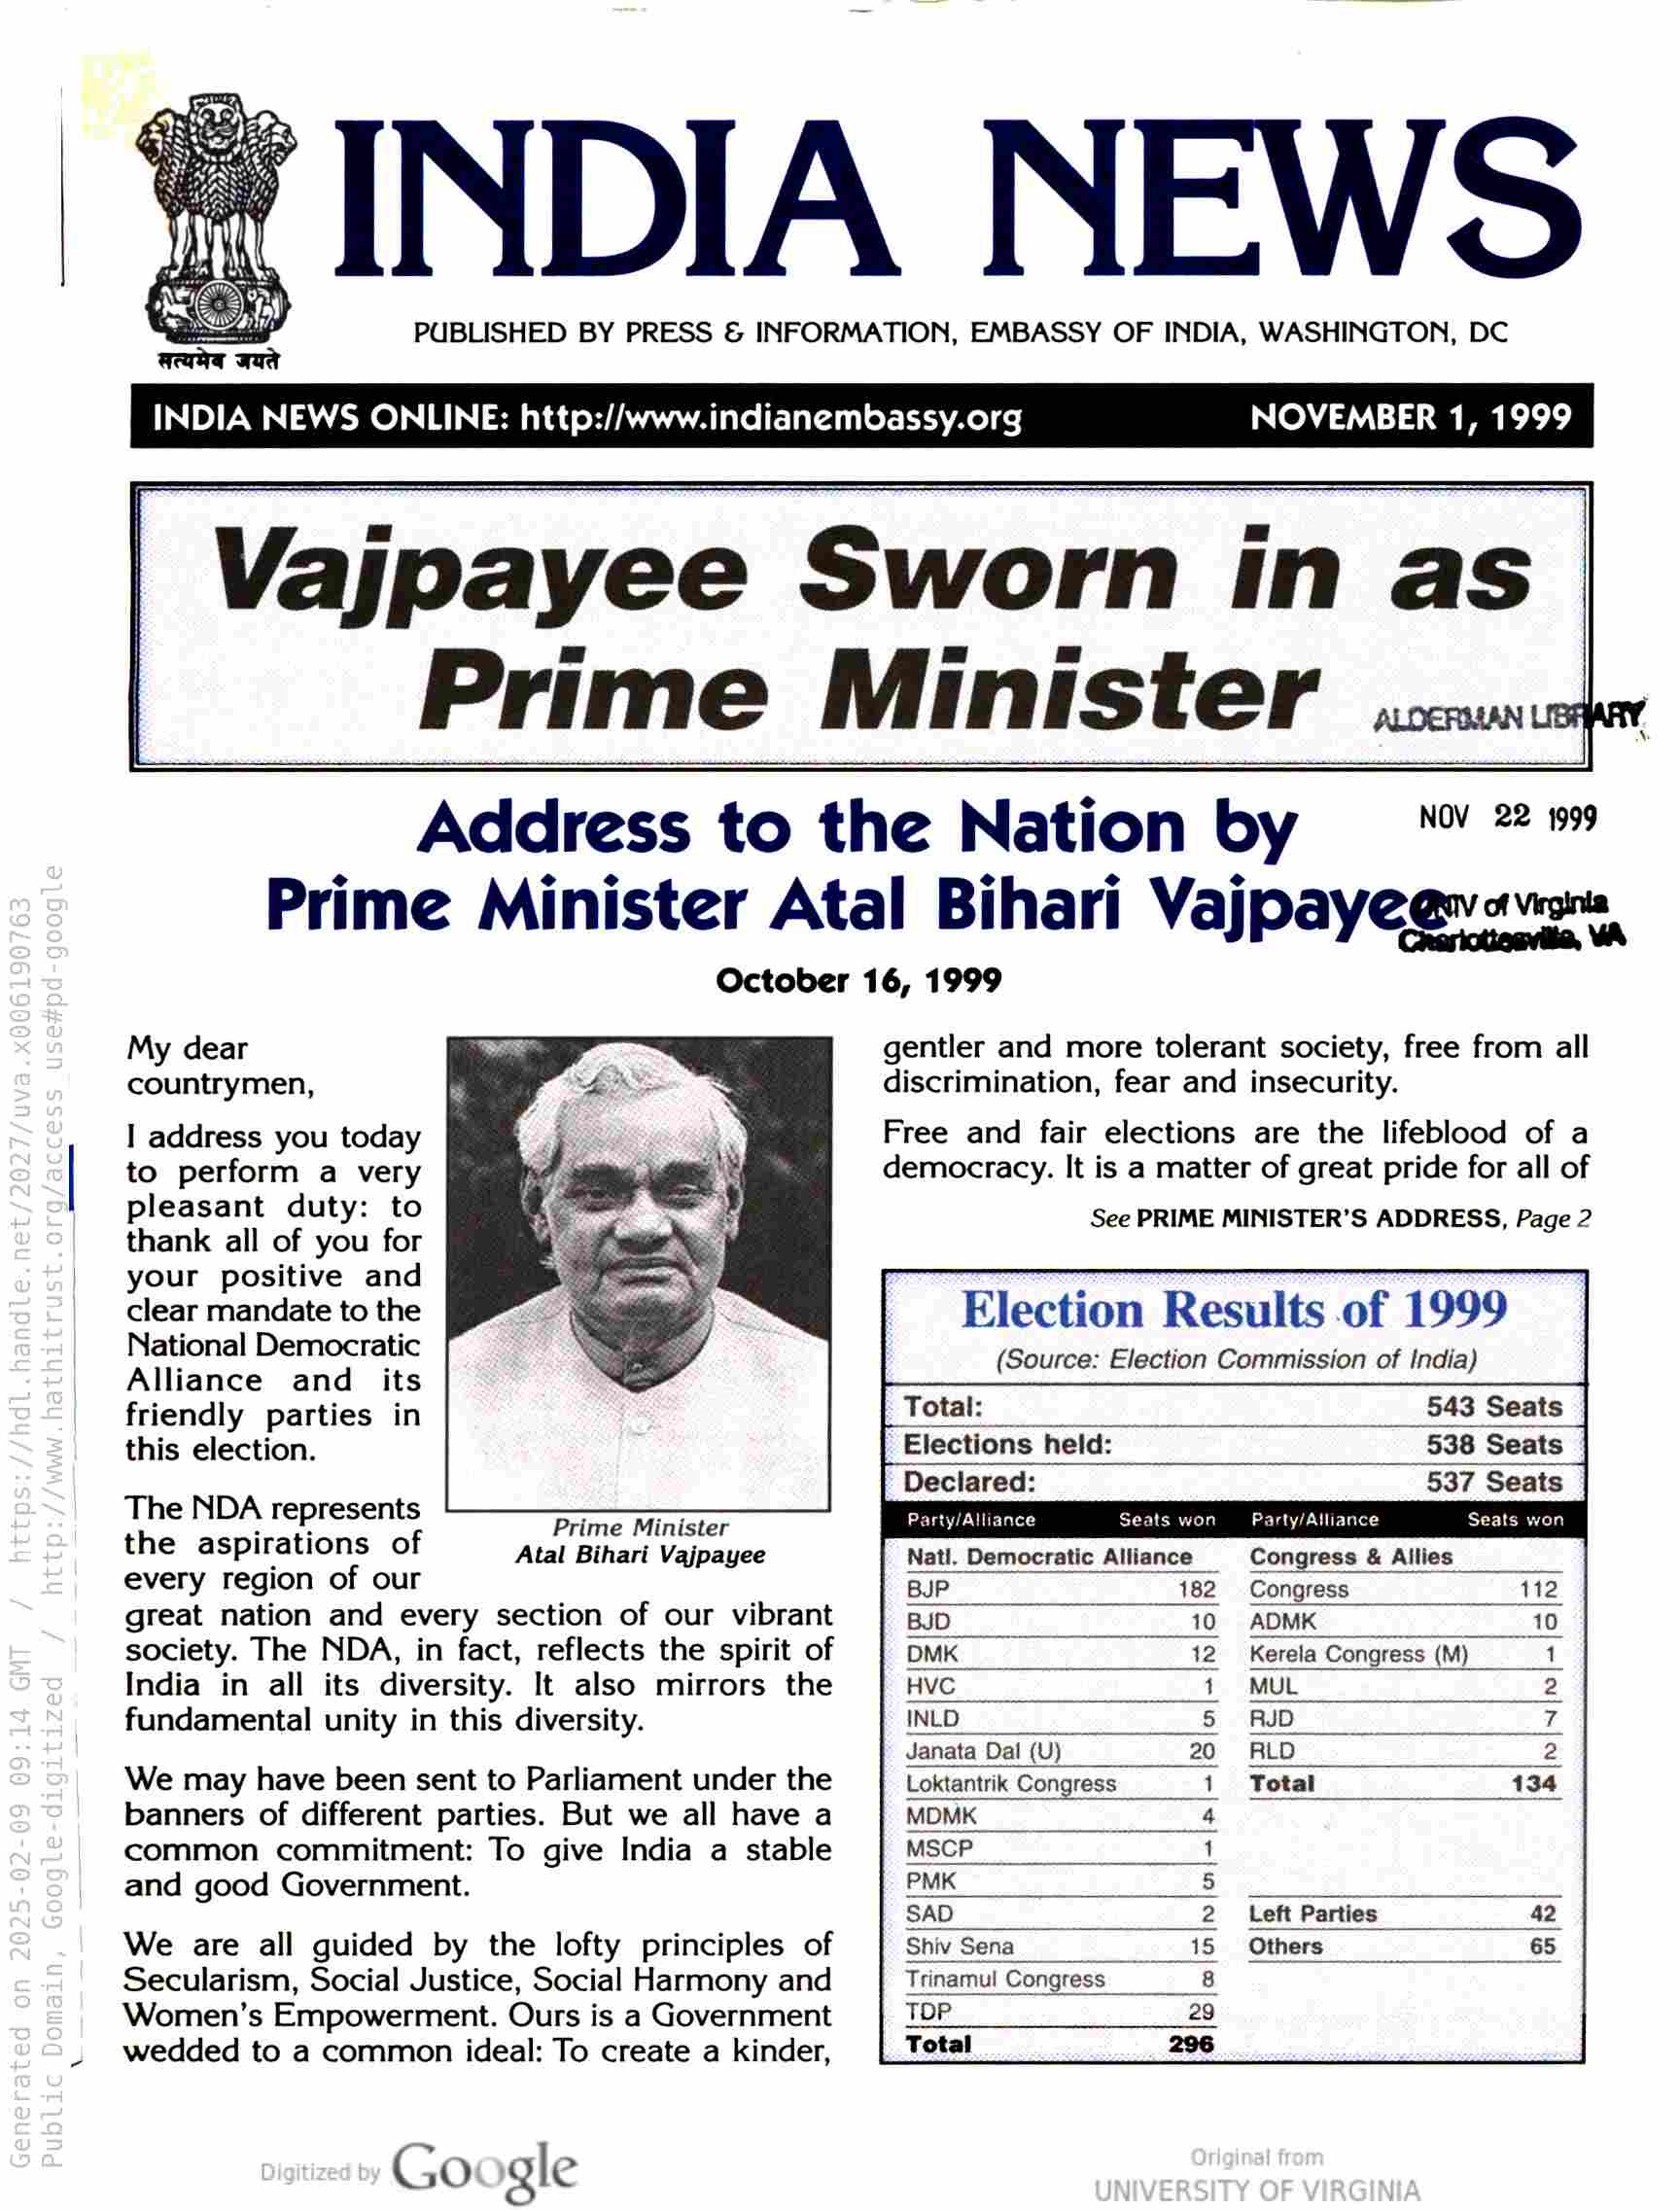
INDIA NEWS

PUBLISHED BY PRESS & INFORMATION, EMBASSY OF INDIA, WASHINGTON, DC

NOVEMBER 1, 1999

Vajpayee Sworn in as
Prime Minister .....«

Address to the Nation by ™”™
Prime Minister Atal Bihari Vajpayeevevn-,

October 16, 1999

My dear
countrymen,

gentler and more tolerant society, free from all
discrimination, fear and insecurity.

Free and fair elections are the lifeblood of a
democracy. It is a matter of great pride for all of

See PRIME MINISTER’S ADDRESS, Page 2

I] address you today
to perform a very
pleasant duty: to
thank all of you for
your positive and
clear mandate to the
National Democratic
Alliance and _ its

friendly parties in Total: “J J 543 Seats
this election. Elections held: 538 Seats
Declared: 537 Seats
The NDA represents Prime Minister Party/Alliance Seats won Party/Alliance Seats won
the aspirations of Atal Bihari Vajpayee Natl. Democratic Alliance Congress & Allies
every region of our BUP 182 Congress
great nation and every section of our vibrant BJD i 10 ADMK
society. The NDA, in fact, reflects the spirit of DMK 12 Kerela Congress (M)
India in all its diversity. It also mirrors the HVC 4 MUL
fundamental unity in this diversity. INLD 5 RJD
Janata Dal (U) 20 RLD
We may have been sent to Parliament under the Loktantrik Congress 1 Total
banners of different parties. But we all have a MDMK 4
common commitment: To give India a stable MSCP 1
and good Government. PMK 5
SAD 2 Left Parties
We are all guided by the lofty principles of Shiv Sena iS Others
Secularism, Social Justice, Social Harmony and Trinamul Congress 8
Women’s Empowerment. Ours is a Government TOP 29
wedded to a common ideal: To create a kinder, Total 296

Google